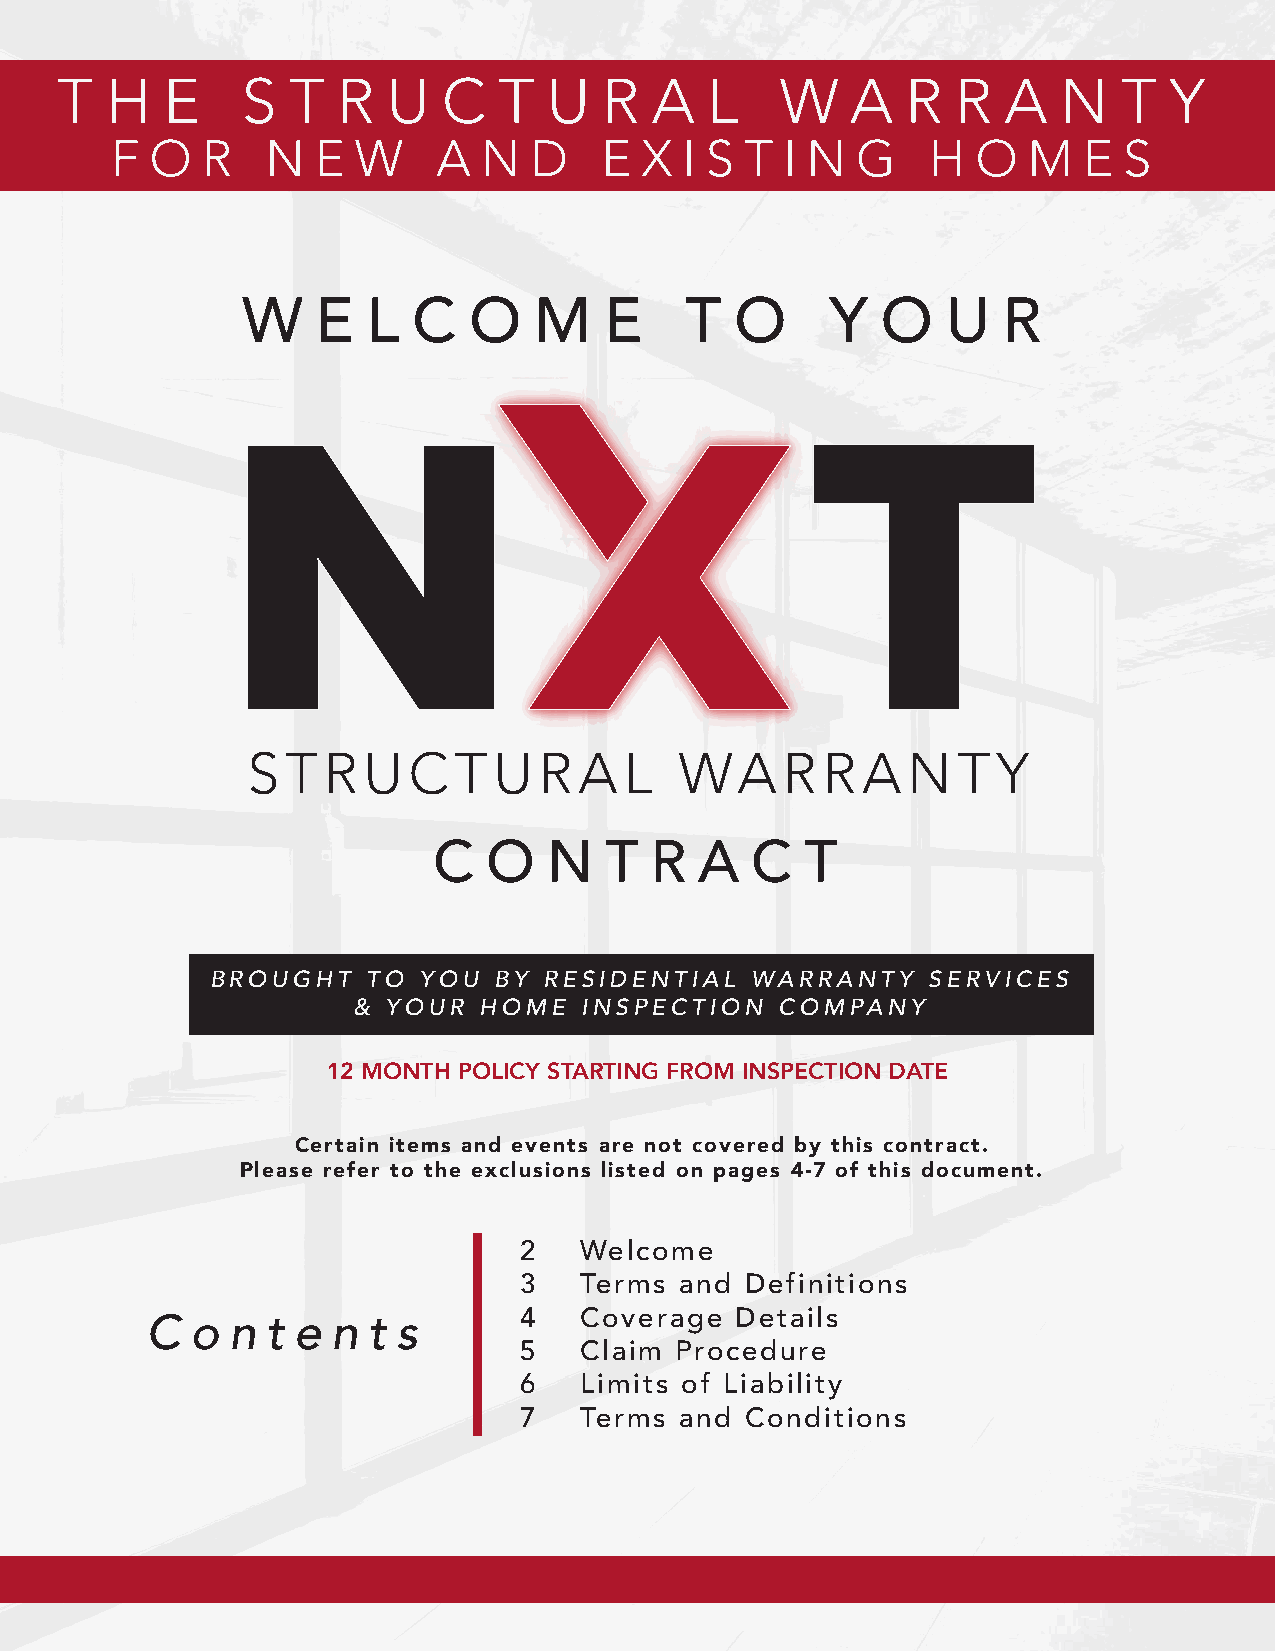
T  H   E    S  T  R   U  C   T  U   R  A   L    W   A   R  R   A  N   T  Y
 F  O  R    N  E W     A  N  D    E X  I S T  I N  G   H   O  M   E S
 C  O   N   T  R  A   C  T
 BROUGHT   TO  YOU  BY RESIDENTIAL   WARRANTY    SERVICES
 &  YOUR  HOME  INSPECTION    COMPANY
 12 MONTH POLICY STARTING FROM INSPECTION DATE
 Certain items and events are not covered by this contract.
 Please refer to the exclusions listed on pages 4-7 of this document.
 2   Welcome
 3   Terms  and Definitions
 C  o n  t e n t s       4   Coverage   Details
 5   Claim  Procedure
 6   Limits of Liability
 7   Terms  and Conditions